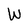
Character: W